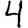
Digit: 4